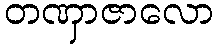
တဏှာဇာလော